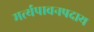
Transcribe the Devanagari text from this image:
मर्त्यपावनपदाय